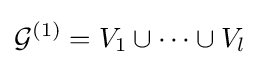
{\mathcal {G}}^{(1)}=V_{1}\cup \cdots \cup V_{l}